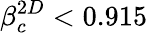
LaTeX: \beta_{c}^{2D}<0.915